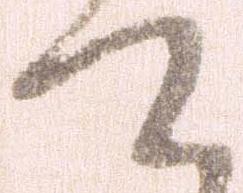
て